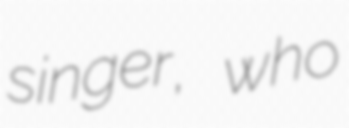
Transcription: singer, who